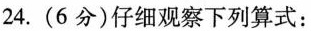
24.(6分)仔细观察下列算式：